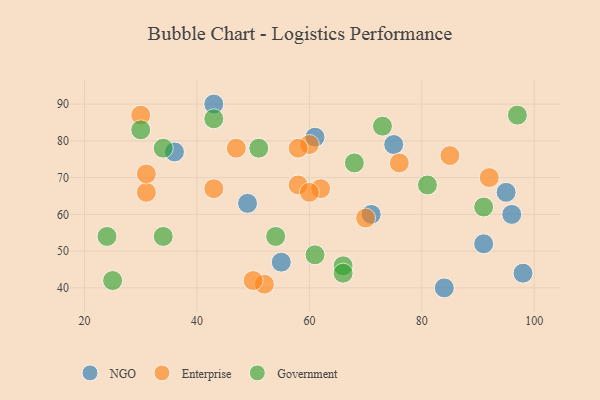
{"axis": {"x": "GDP", "y": "Life Expectancy"}, "legend": ["Enterprise", "Government", "NGO"], "data": [{"x": "71", "y": 60, "type": "NGO"}, {"x": "49", "y": 63, "type": "NGO"}, {"x": "96", "y": 60, "type": "NGO"}, {"x": "91", "y": 52, "type": "NGO"}, {"x": "98", "y": 44, "type": "NGO"}, {"x": "75", "y": 79, "type": "NGO"}, {"x": "36", "y": 77, "type": "NGO"}, {"x": "43", "y": 90, "type": "NGO"}, {"x": "55", "y": 47, "type": "NGO"}, {"x": "95", "y": 66, "type": "NGO"}, {"x": "61", "y": 81, "type": "NGO"}, {"x": "84", "y": 40, "type": "NGO"}, {"x": "31", "y": 66, "type": "Enterprise"}, {"x": "62", "y": 67, "type": "Enterprise"}, {"x": "60", "y": 79, "type": "Enterprise"}, {"x": "58", "y": 78, "type": "Enterprise"}, {"x": "92", "y": 70, "type": "Enterprise"}, {"x": "58", "y": 68, "type": "Enterprise"}, {"x": "31", "y": 71, "type": "Enterprise"}, {"x": "47", "y": 78, "type": "Enterprise"}, {"x": "52", "y": 41, "type": "Enterprise"}, {"x": "85", "y": 76, "type": "Enterprise"}, {"x": "76", "y": 74, "type": "Enterprise"}, {"x": "43", "y": 67, "type": "Enterprise"}, {"x": "70", "y": 59, "type": "Enterprise"}, {"x": "50", "y": 42, "type": "Enterprise"}, {"x": "60", "y": 66, "type": "Enterprise"}, {"x": "30", "y": 87, "type": "Enterprise"}, {"x": "54", "y": 54, "type": "Government"}, {"x": "43", "y": 86, "type": "Government"}, {"x": "66", "y": 46, "type": "Government"}, {"x": "81", "y": 68, "type": "Government"}, {"x": "61", "y": 49, "type": "Government"}, {"x": "97", "y": 87, "type": "Government"}, {"x": "66", "y": 44, "type": "Government"}, {"x": "51", "y": 78, "type": "Government"}, {"x": "68", "y": 74, "type": "Government"}, {"x": "34", "y": 54, "type": "Government"}, {"x": "34", "y": 78, "type": "Government"}, {"x": "91", "y": 62, "type": "Government"}, {"x": "73", "y": 84, "type": "Government"}, {"x": "24", "y": 54, "type": "Government"}, {"x": "25", "y": 42, "type": "Government"}, {"x": "30", "y": 83, "type": "Government"}]}